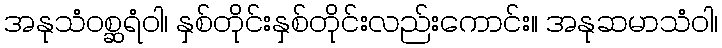
အနုသံဝစ္ဆရံဝါ၊ နှစ်တိုင်းနှစ်တိုင်းလည်းကောင်း။ အနုဆမာသံဝါ၊